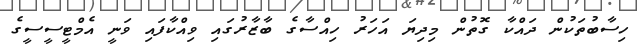
ހިސާބުތަކުން ދައްކާ ގޮތުން މިދިޔަ އަހަރު ހިއްސާގެ ބާޒާރުގައި ވިއްކާފައި ވަނީ އެމްޓީސީސީގެ